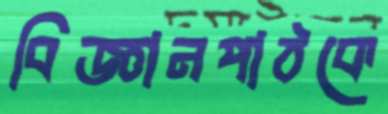
বিজ্ঞানপাঠকে